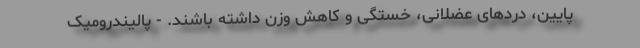
پایین، دردهای عضلانی، خستگی و کاهش وزن داشته باشند. - پالیندرومیک